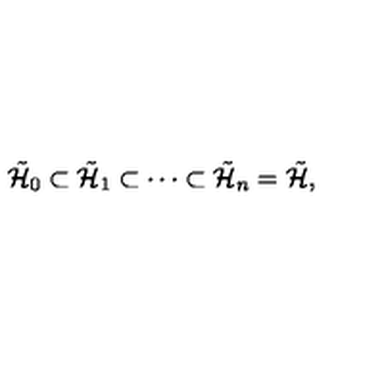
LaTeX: \tilde { { \cal H } } _ { 0 } \subset \tilde { { \cal H } } _ { 1 } \subset \cdots \subset \tilde { { \cal H } } _ { n } = \tilde { { \cal H } } ,